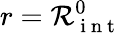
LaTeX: r=\mathcal{R}_{\mathrm{~i~n~t~}}^{0}